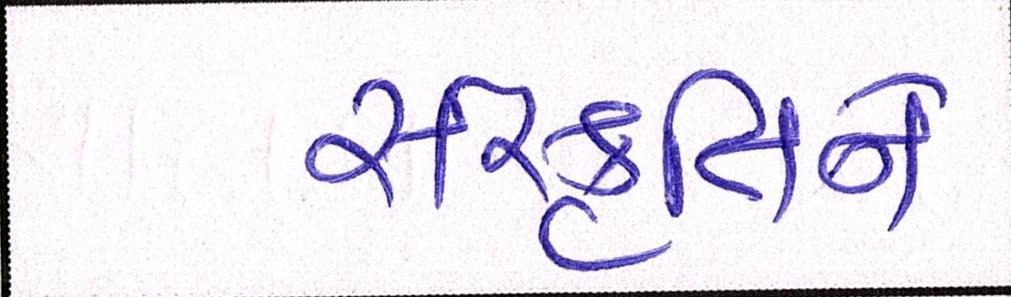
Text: સંસ્કૃતિને